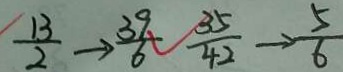
\frac { 1 3 } { 2 } \rightarrow \frac { 3 9 } { 6 } \frac { 3 5 } { 4 2 } \rightarrow \frac { 5 } { 6 }